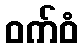
ဝက်ဝံ